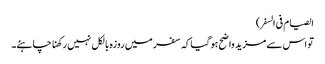
الصیام فی السفر)
تو اس سے مزید واضح ہوگیاکہ سفر میں روزہ بالکل نہیں رکھنا چاہئے۔